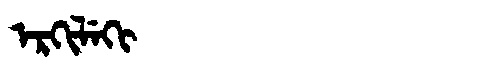
Manchu: ᡝᡵᡴᡳᠯᡝᡴᡳ
Romanization: ERKILEKI